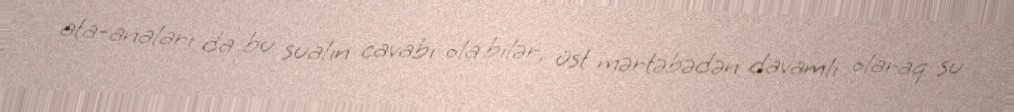
ata-anaları da bu sualın cavabı ola bilər, üst mərtəbədən davamlı olaraq su